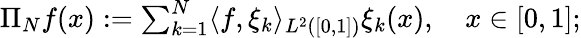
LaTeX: \begin{array}{r}{\Pi_{N}f(x):=\sum_{k=1}^{N}\langle f,\xi_{k}\rangle_{L^{2}([0,1])}\xi_{k}(x),\quad x\in[0,1];}\end{array}